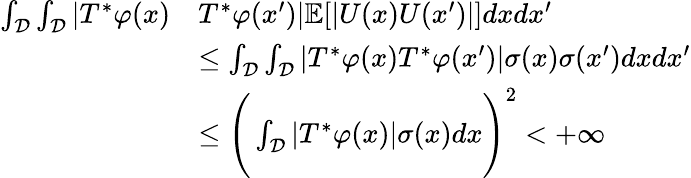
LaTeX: \begin{array}{rl}{\int_{\mathcal{D}}\int_{\mathcal{D}}|T^{*}\varphi(x)}&{T^{*}\varphi(x^{\prime})|\mathbb{E}[|U(x)U(x^{\prime})|]dxdx^{\prime}}\\ &{\leq\int_{\mathcal{D}}\int_{\mathcal{D}}|T^{*}\varphi(x)T^{*}\varphi(x^{\prime})|\sigma(x)\sigma(x^{\prime})dxdx^{\prime}}\\ &{\leq\Bigg(\int_{\mathcal{D}}|T^{*}\varphi(x)|\sigma(x)dx\Bigg)^{2}<+\infty}\end{array}